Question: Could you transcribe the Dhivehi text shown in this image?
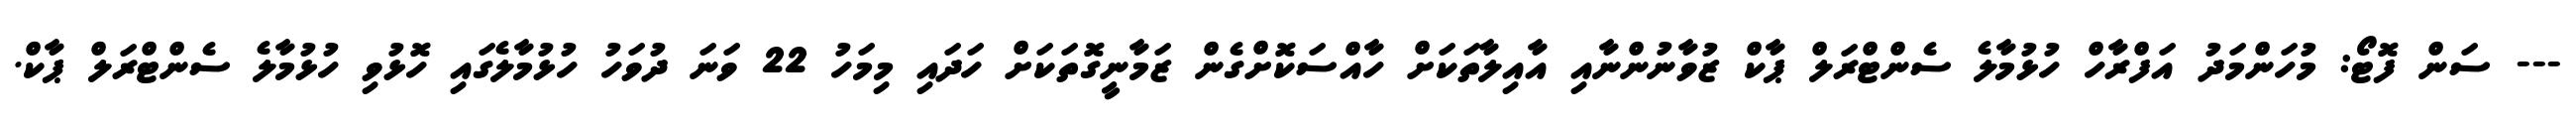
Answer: --- ސަން ފޮޓޯ: މުހަންމަދު އަފްރާހް ހުޅުމާލެ ސެންޓްރަލް ޕާކް ޒުވާނުންނާއި އާއިލާތަކަށް ހާއްސަކޮށްގެން ޒަމާނީގޮތަކަށް ހަދައި މިމަހު 22 ވަނަ ދުވަހު ހުޅުމާލެގައި ހޮޅުވި ހުޅުމާލެ ސެންޓްރަލް ޕާކް.